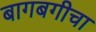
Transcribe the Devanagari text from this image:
बागबगीचा